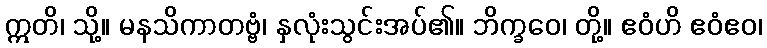
ဣတိ၊ သို့။ မနသိကာတဗ္ဗံ၊ နှလုံးသွင်းအပ်၏။ ဘိက္ခဝေ၊ တို့။ ဧဝံဟိ ဧဝံဧဝ၊